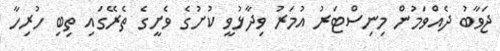
ޖަވާބު ދެއްވަމުން މިނިސްޓަރު އުމަރު ވިދާޅުވީ ކުށުގެ ވެށީގެ ތެރޭގައި ތިބި ހުރިހާ